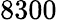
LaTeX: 8300